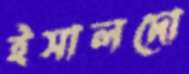
ইসালদো